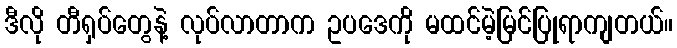
ဒီလို တီရှပ်တွေနဲ့ လုပ်လာတာက ဥပဒေကို မထင်မဲ့မြင်ပြုရာကျတယ်။